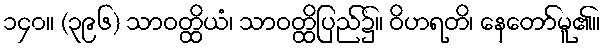
၁၄၀။ (၃၉၆) သာဝတ္ထိယံ၊ သာဝတ္ထိပြည်၌။ ဝိဟရတိ၊ နေတော်မူ၏။